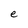
Character: e